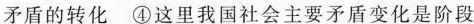
矛盾的转化 ④这里我国社会主要矛盾变化是阶段